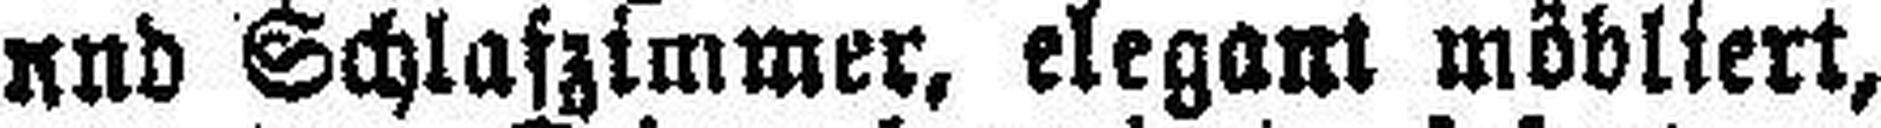
und Schlafzimmer, elegant möbliert,